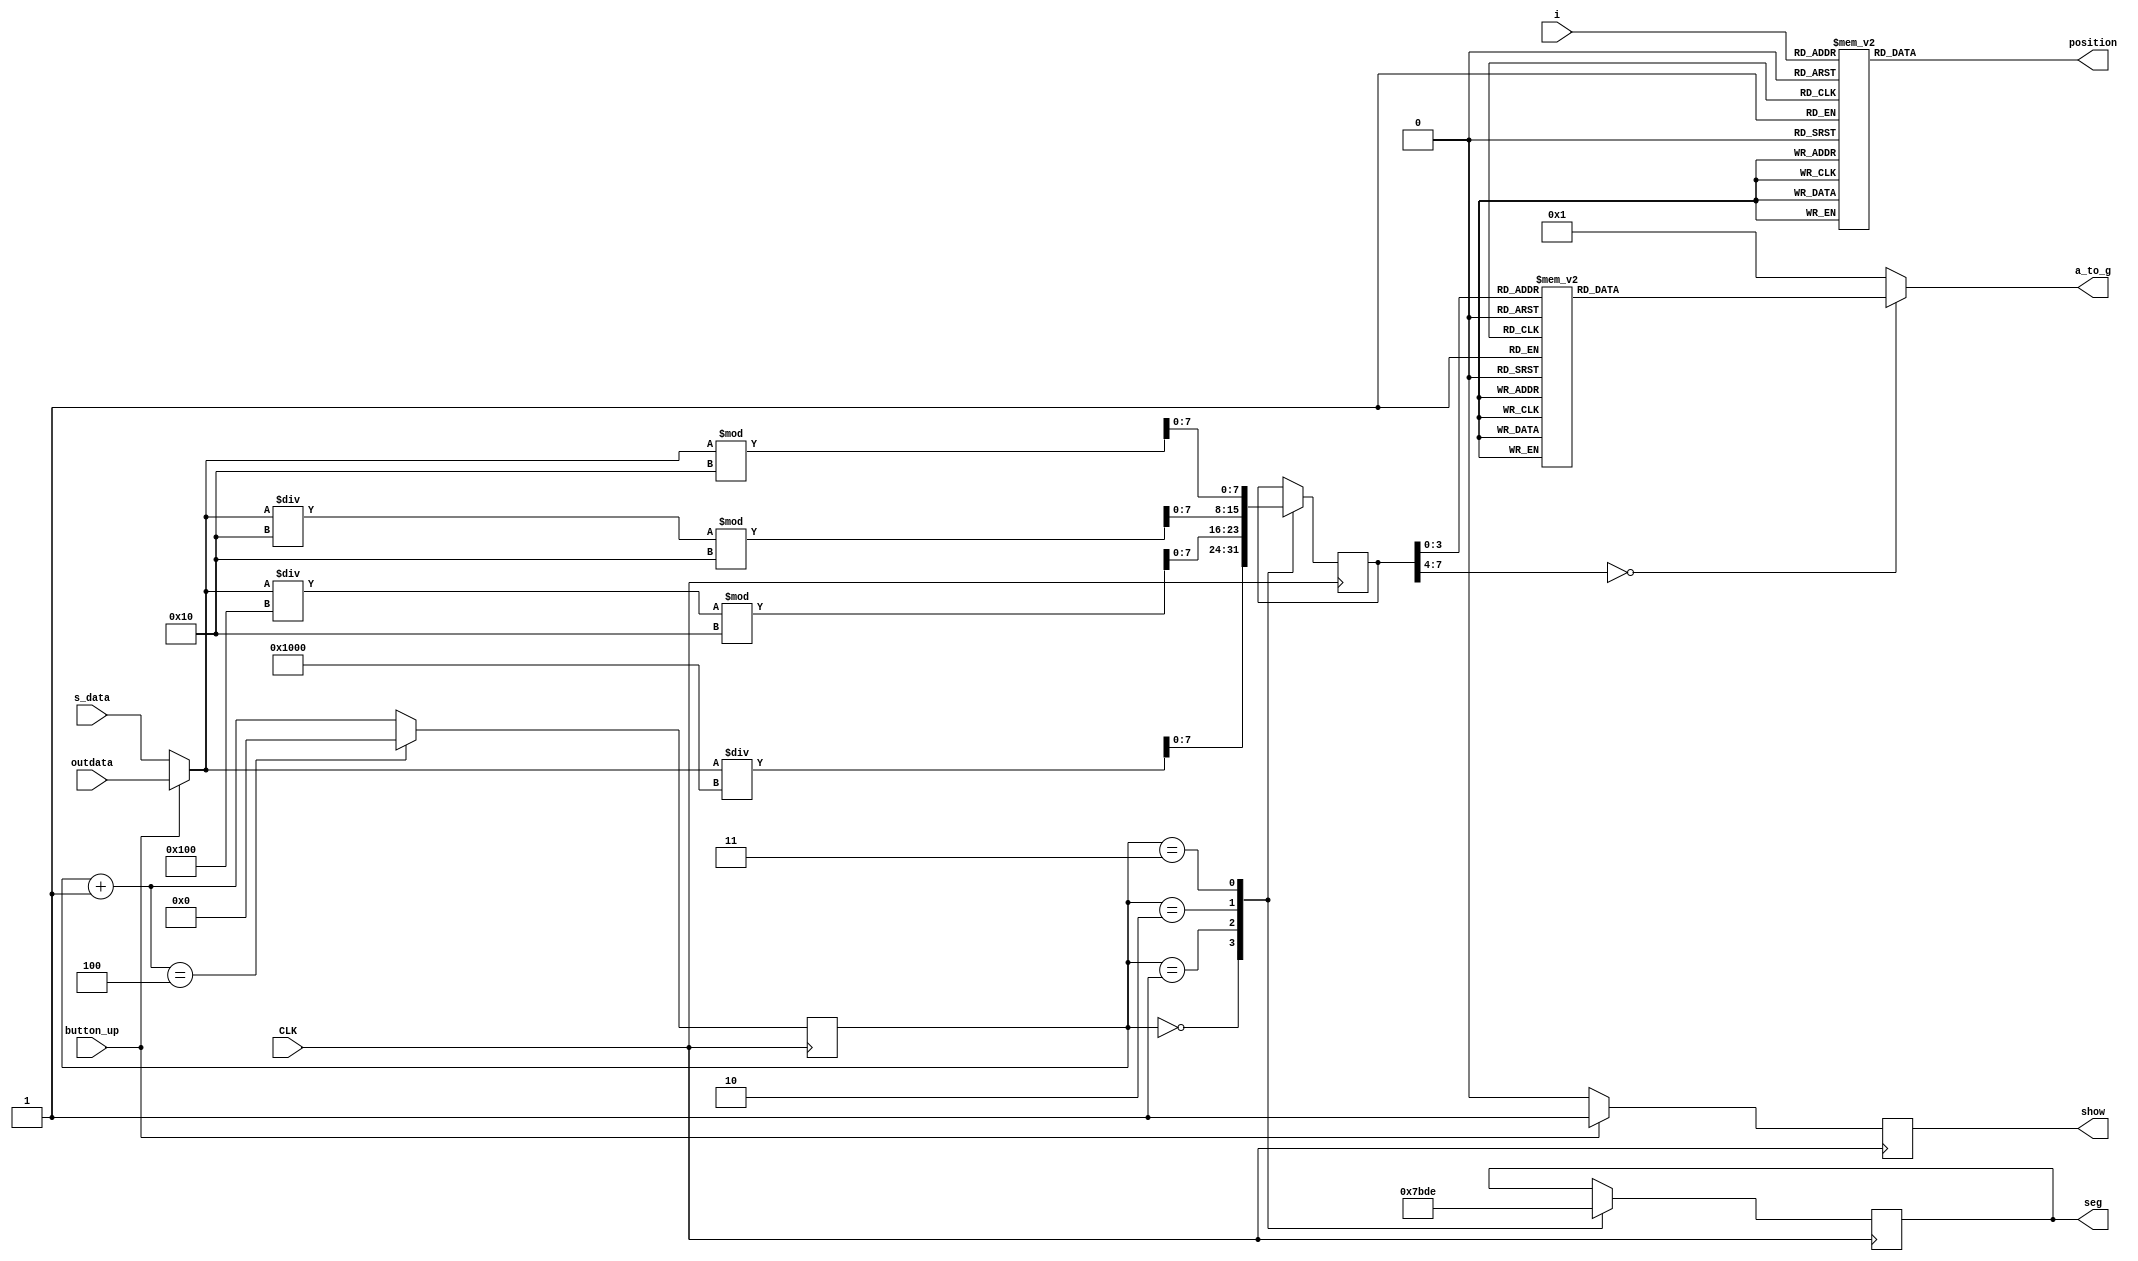
module display(
    input CLK,
    input [15:0]outdata,
    input [15:0]s_data,
    input button_up,
    input [3:0]i,
    output reg [9:0]position,
    output reg [3:0]seg,
    output reg [6:0]a_to_g,
    output reg show
    );
    reg [3:0] temp;
    reg [7:0] x;
    wire [15:0]Data;
    assign Data=(button_up==1)?outdata:s_data;
//   initial begin
//        temp=0;
//    end
    //
    
    
   always@(*)begin
        case(i)
            0:begin position=10'b1000000000;end
            1:begin position=10'b0100000000;end
            2:begin position=10'b0010000000;end
            3:begin position=10'b0001000000;end
            4:begin position=10'b0000100000;end
            5:begin position=10'b0000010000;end
            6:begin position=10'b0000001000;end
            7:begin position=10'b0000000100;end
            8:begin position=10'b0000000010;end
            9:begin position=10'b0000000001;end
            default begin position=10'b0000000001;end
        endcase
    end
    always@(posedge CLK)begin
        if(button_up==1)begin
            show=1'b1;
        end
        else begin
            show=1'b0;
        end
        //tempi=i;
        //
            case (temp)
                0: begin x = Data/4096; seg=4'b0111;end//
                1: begin x = Data/256%16; seg=4'b1011;end//
                2: begin x = Data/16%16; seg=4'b1101;end//
                3: begin x = Data%16; seg=4'b1110;end//
            endcase
         temp=temp+1;
         if(temp==4)
            temp=0;
    end
    
    
    //duanxuan
    always@(*)begin
        case(x)
            0:a_to_g =7'b0000001;
            1:a_to_g =7'b1001111;
            2:a_to_g =7'b0010010;
            3:a_to_g =7'b0000110;
            4:a_to_g =7'b1001100;
            5:a_to_g =7'b0100100;
            6:a_to_g =7'b0100000;
            7:a_to_g =7'b0001111;
            8:a_to_g =7'b0000000;
            9:a_to_g =7'b0000100;
            'hA:a_to_g =7'b0001000;
            'hB:a_to_g =7'b1100000;
            'hC:a_to_g =7'b0110001;
            'hD:a_to_g =7'b1000010;
            'hE:a_to_g =7'b0110000;
            'hF:a_to_g =7'b0111000;
            default:a_to_g =7'b0000001;
        endcase
    end

    
endmodule